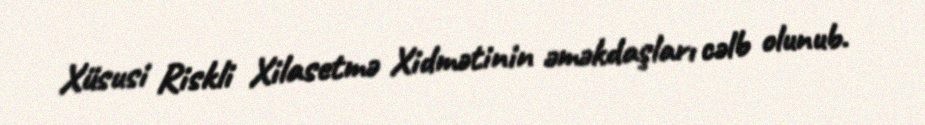
Xüsusi Riskli Xilasetmə Xidmətinin əməkdaşları cəlb olunub.